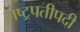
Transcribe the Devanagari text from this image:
राष्ट्रपतीपदी